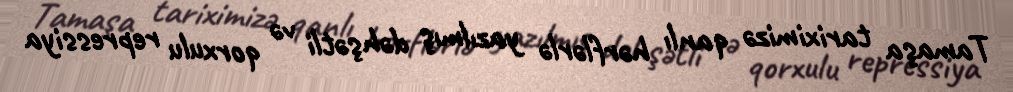
Tamaşa tariximizə qanlı hərflərlə yazılmış dəhşətli və qorxulu repressiya